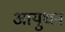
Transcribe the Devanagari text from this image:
आयुधन